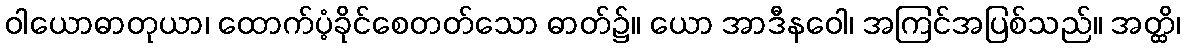
ဝါယောဓာတုယာ၊ ထောက်ပံ့ခိုင်စေတတ်သော ဓာတ်၌။ ယော အာဒီနဝေါ၊ အကြင်အပြစ်သည်။ အတ္ထိ၊